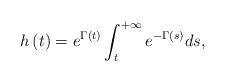
LaTeX: \begin{align*}h\left( t\right) =e^{\Gamma\left( t\right) }\int_{t}^{+\infty}e^{-\Gamma\left( s\right) }ds, \end{align*}